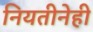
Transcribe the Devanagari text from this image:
नियतीनेही